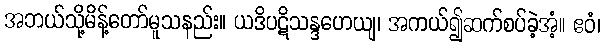
အဘယ်သို့မိန့်တော်မူသနည်း။ ယဒိပဋိသန္ဒဟေယျ၊ အကယ်၍ဆက်စပ်ခဲ့အံ့။ ဧဝံ၊